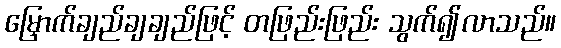
မြှောက်ချည်ချချည်ဖြင့် တဖြည်းဖြည်း သွက်၍လာသည်။